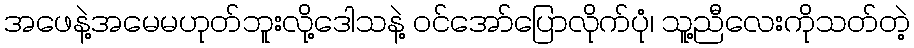
အဖေနဲ့အမေမဟုတ်ဘူးလို့ဒေါသနဲ့ ဝင်အော်ပြောလိုက်ပုံ၊ သူ့ညီလေးကိုသတ်တဲ့